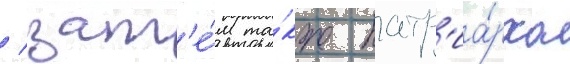
/ зат'е́м та́кже патр'иа́рха